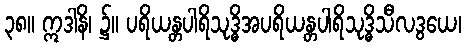
၃၈။ ဣဒါနိ၊ ၌။ ပရိယန္တပါရိသုဒ္ဓိအပရိယန္တပါရိသုဒ္ဓိသီလဒွယေ၊